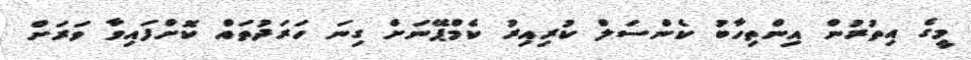
މީގެ އިތުރުން އިންތިހާބު ކެންސަލް ކުރިއިރު ކެމްޕޭނަށް ގިނަ ހަރަދުތައް ކޮށްފައިވާ ވަރަށް